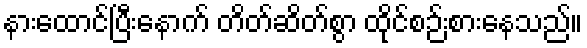
နားထောင်ပြီးနောက် တိတ်ဆိတ်စွာ ထိုင်စဉ်းစားနေသည်။